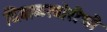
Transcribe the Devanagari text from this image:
दिवाळखोरीची